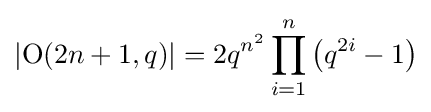
\left|\operatorname {O} (2n+1,q)\right|=2q^{n^{2}}\prod _{i=1}^{n}\left(q^{2i}-1\right)